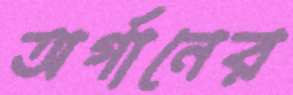
অর্গানের